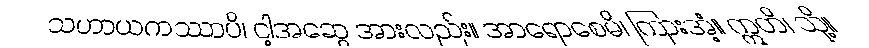
သဟာယကဿာပိ၊ ငါ့အဆွေ အားလည်း။ အာရောစေမိ၊ ကြားအံ့။ ဣတိ၊ သို့။